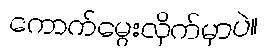
ကောက်မွေးလိုက်မှာပဲ။